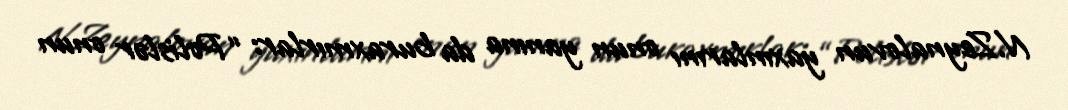
N.Zeynalovun yaxınlarını onun yanına da buraxmırlar: “Polislər onun